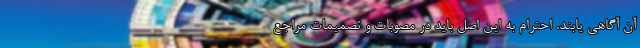
آن آگاهی یابند. احترام به این اصل باید در مصوبات و تصمیمات مراجع